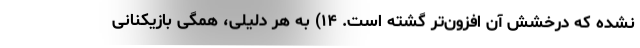
نشده که درخشش آن افزون‌تر گشته است. ۱۴) به هر دلیلی، همگی بازیکنانی